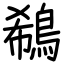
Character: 鵗